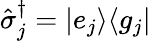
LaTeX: \hat{\sigma}_{j}^{\dagger}=|e_{j}\rangle\langle g_{j}|